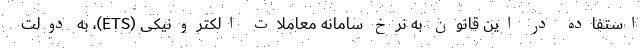
استفاده در این قانون به نرخ سامانه معاملات الکترونیکی (ETS)، به دولت